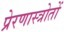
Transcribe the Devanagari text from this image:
प्रेरणास्त्रोतों